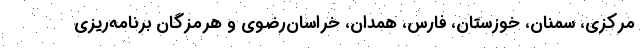
مرکزی، سمنان، خوزستان، فارس، همدان، خراسان‌رضوی و هرمزگان برنامه‌ریزی